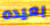
بعيده